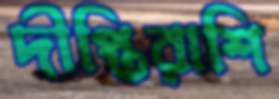
দীপ্তিরাশি